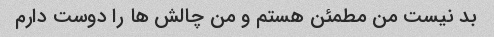
بد نیست من مطمئن هستم و من چالش ها را دوست دارم